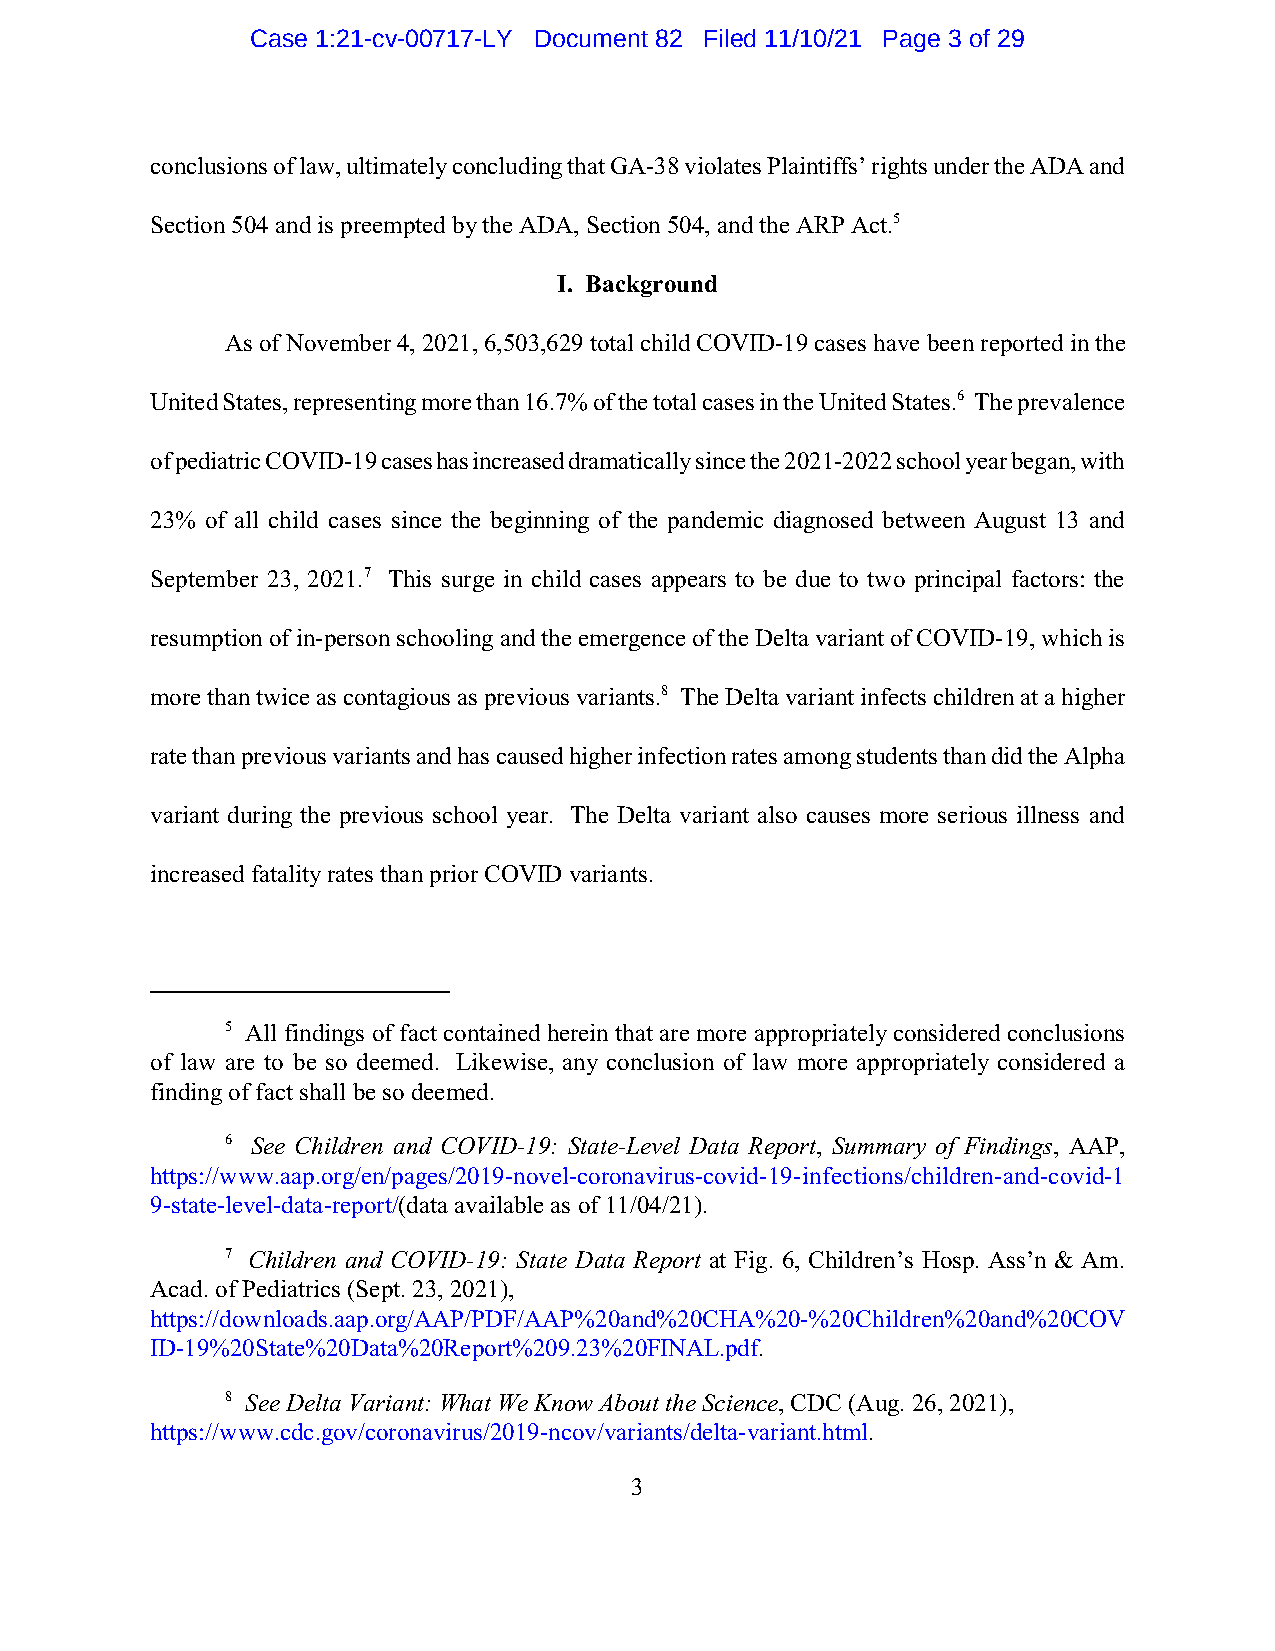
Case 1:21-cv-00717-LY Document 82 Filed 11/10/21 Page 3 of 29
 conclusions of law, ultimately concluding that GA-38 violates Plaintiffs’ rights under the ADA and
 Section 504 and is preempted by the ADA, Section 504, and the ARP Act.5
 I. Background
 As of November 4, 2021, 6,503,629 total child COVID-19 cases have been reported in the
 United States, representing more than 16.7% of the total cases in the United States.6 The prevalence
 of pediatric COVID-19 cases has increased dramatically since the 2021-2022 school year began, with
 23% of all child cases since the beginning of the pandemic diagnosed between August 13 and
 September 23, 2021.7 This surge in child cases appears to be due to two principal factors: the
 resumption of in-person schooling and the emergence of the Delta variant of COVID-19, which is
 more than twice as contagious as previous variants.8 The Delta variant infects children at a higher
 rate than previous variants and has caused higher infection rates among students than did the Alpha
 variant during the previous school year. The Delta variant also causes more serious illness and
 increased fatality rates than prior COVID variants.
 5 All findings of fact contained herein that are more appropriately considered conclusions
 of law are to be so deemed. Likewise, any conclusion of law more appropriately considered a
 finding of fact shall be so deemed.
 6 See Children and COVID-19: State-Level Data Report, Summary of Findings, AAP,
 https://www.aap.org/en/pages/2019-novel-coronavirus-covid-19-infections/children-and-covid-1
 9-state-level-data-report/(data available as of 11/04/21).
 7 Children and COVID-19: State Data Report at Fig. 6, Children’s Hosp. Ass’n & Am.
 Acad. of Pediatrics (Sept. 23, 2021),
 https://downloads.aap.org/AAP/PDF/AAP%20and%20CHA%20-%20Children%20and%20COV
 ID-19%20State%20Data%20Report%209.23%20FINAL.pdf.
 8 See Delta Variant: What We Know About the Science, CDC (Aug. 26, 2021),
 https://www.cdc.gov/coronavirus/2019-ncov/variants/delta-variant.html.
 3